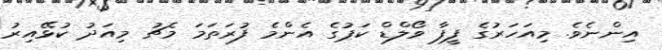
އިންނެވެ. މިއަހަރުގެ ފީފާ ވޯލްޑް ކަޕުގެ އެންމެ ފުރަތަމަ މެޗު މިއަދު ކުޅޭއިރު